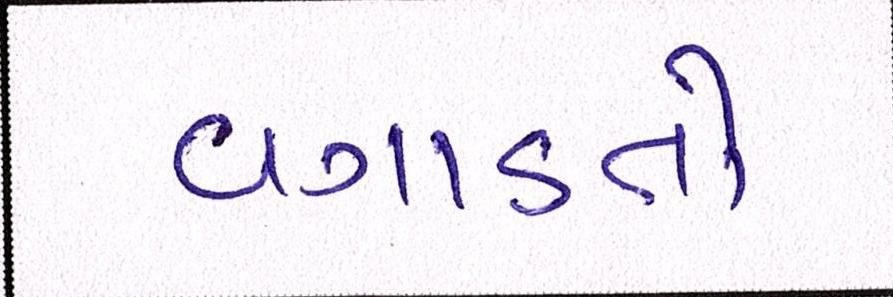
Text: વગાડતો